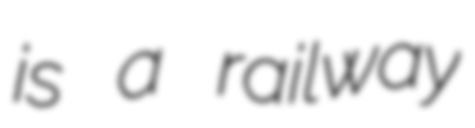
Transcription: is a railway